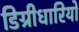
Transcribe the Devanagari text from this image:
डिग्रीधारियों